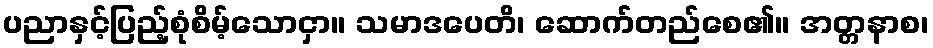
ပညာနှင့်ပြည့်စုံစိမ့်သောငှာ။ သမာဒပေတိ၊ ဆောက်တည်စေ၏။ အတ္တနာစ၊